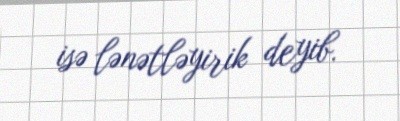
isə lənətləyirik deyib.